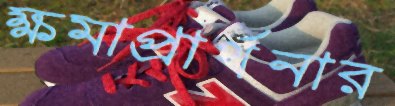
ক্ষমাপ্রার্থনার